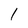
Character: 1